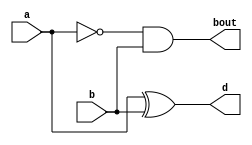
module half_sub_str(a,b,bout,d);
input a,b;
output bout,d;
wire w1;
not l1(w1,a);
and l2(bout,w1,b);
xor l3(d,a,b);
endmodule